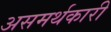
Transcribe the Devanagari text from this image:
असमर्थकारी